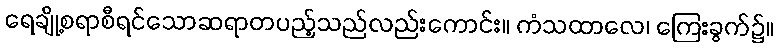
ရေချို့စရာစီရင်သောဆရာတပည့်သည်လည်းကောင်း။ ကံသထာလေ၊ ကြေးခွက်၌။